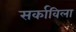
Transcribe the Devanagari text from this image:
सर्काविला